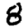
Digit: 8